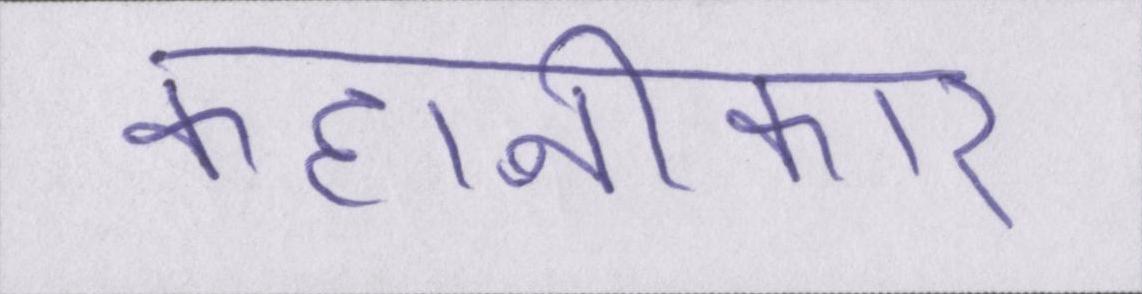
कहानीकार